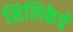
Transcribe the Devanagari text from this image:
सिलिकेचे